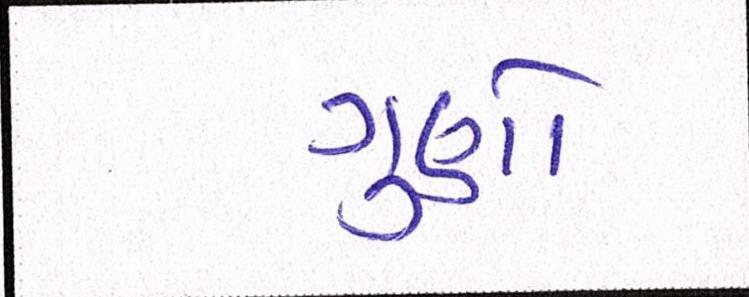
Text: ગુણો